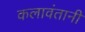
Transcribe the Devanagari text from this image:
कलावंतानी